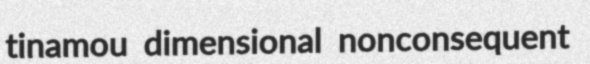
tinamou dimensional nonconsequent